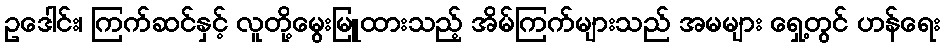
ဥဒေါင်း၊ ကြက်ဆင်နှင့် လူတို့မွေးမြူထားသည့် အိမ်ကြက်များသည် အမများ ရှေ့တွင် ဟန်ရေး